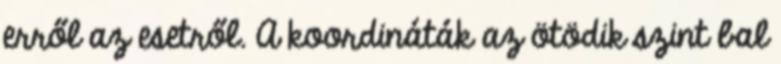
erről az esetről. A koordináták az ötödik szint bal